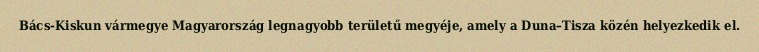
Bács-Kiskun vármegye Magyarország legnagyobb területű megyéje, amely a Duna–Tisza közén helyezkedik el.